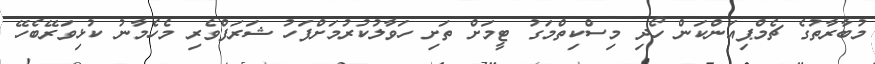
މުބާރާތުގެ ޗެމްޕިއަންކަން ހޯދި މިސްކިތްމަގު ޓީމަށް ތަށި ހަވާލުކުރުމަށްފަހު ޝަރަފްވެރި މެހެމާނު ކުޅިވަރޭބެހޭ